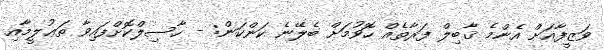
ވަޒީފާއަށް އެންމެ ޤާބިލް ފަރާތެއް ހޮވުމަށް ބެލޭނެ ކަންކަން: - ހާސިލްކޮށްފައިވާ ތަޢުލީމާއި